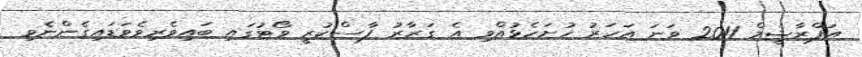
އަފްރާޝީމް 2011 ވަނަ އަހަރު ހުށަހެޅުއްވި އެ ގަރާރު ފާސްކުރީ ވޯޓުގައި ބައިވެރިވެވަޑައިގެންނެވި